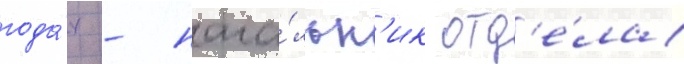
года́х - нача́льн'ик отд'е́ла